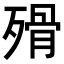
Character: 𣨺